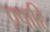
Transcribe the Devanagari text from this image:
प्रपाहि